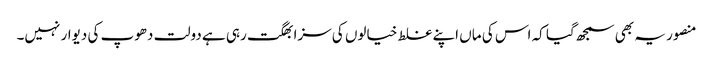
منصور یہ بھی سمجھ گیا کہ اس کی ماں اپنے غلط خیالوں کی سزا بھگت رہی ہے دولت دھوپ کی دیوار نہیں۔